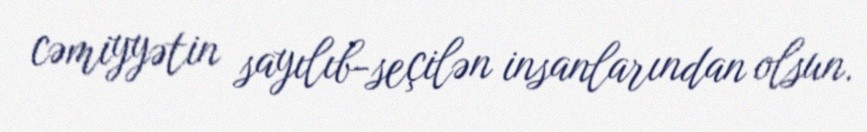
cəmiyyətin sayılıb-seçilən insanlarından olsun.